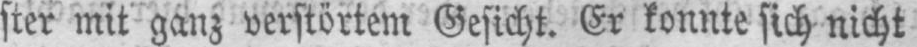
ster mit ganz verstörtem Gesicht. Er konnte sich nicht